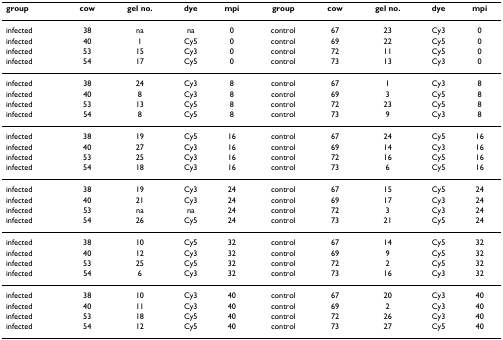
<table><thead><tr><td><b>group</b></td><td><b>cow</b></td><td><b>gel no.</b></td><td><b>dye</b></td><td><b>mpi</b></td><td><b>group</b></td><td><b>cow</b></td><td><b>gel no.</b></td><td><b>dye</b></td><td><b>mpi</b></td></tr></thead><tbody><tr><td>infected</td><td>38</td><td>na</td><td>na</td><td>0</td><td>control</td><td>67</td><td>23</td><td>Cy3</td><td>0</td></tr><tr><td>infected</td><td>40</td><td>1</td><td>Cy5</td><td>0</td><td>control</td><td>69</td><td>22</td><td>Cy5</td><td>0</td></tr><tr><td>infected</td><td>53</td><td>15</td><td>Cy3</td><td>0</td><td>control</td><td>72</td><td>11</td><td>Cy5</td><td>0</td></tr><tr><td>infected</td><td>54</td><td>17</td><td>Cy5</td><td>0</td><td>control</td><td>73</td><td>13</td><td>Cy3</td><td>0</td></tr><tr><td>infected</td><td>38</td><td>24</td><td>Cy3</td><td>8</td><td>control</td><td>67</td><td>1</td><td>Cy3</td><td>8</td></tr><tr><td>infected</td><td>40</td><td>8</td><td>Cy3</td><td>8</td><td>control</td><td>69</td><td>3</td><td>Cy5</td><td>8</td></tr><tr><td>infected</td><td>53</td><td>13</td><td>Cy5</td><td>8</td><td>control</td><td>72</td><td>23</td><td>Cy5</td><td>8</td></tr><tr><td>infected</td><td>54</td><td>8</td><td>Cy5</td><td>8</td><td>control</td><td>73</td><td>9</td><td>Cy3</td><td>8</td></tr><tr><td>infected</td><td>38</td><td>19</td><td>Cy5</td><td>16</td><td>control</td><td>67</td><td>24</td><td>Cy5</td><td>16</td></tr><tr><td>infected</td><td>40</td><td>27</td><td>Cy3</td><td>16</td><td>control</td><td>69</td><td>14</td><td>Cy3</td><td>16</td></tr><tr><td>infected</td><td>53</td><td>25</td><td>Cy3</td><td>16</td><td>control</td><td>72</td><td>16</td><td>Cy5</td><td>16</td></tr><tr><td>infected</td><td>54</td><td>18</td><td>Cy3</td><td>16</td><td>control</td><td>73</td><td>6</td><td>Cy5</td><td>16</td></tr><tr><td>infected</td><td>38</td><td>19</td><td>Cy3</td><td>24</td><td>control</td><td>67</td><td>15</td><td>Cy5</td><td>24</td></tr><tr><td>infected</td><td>40</td><td>21</td><td>Cy3</td><td>24</td><td>control</td><td>69</td><td>17</td><td>Cy3</td><td>24</td></tr><tr><td>infected</td><td>53</td><td>na</td><td>na</td><td>24</td><td>control</td><td>72</td><td>3</td><td>Cy3</td><td>24</td></tr><tr><td>infected</td><td>54</td><td>26</td><td>Cy5</td><td>24</td><td>control</td><td>73</td><td>21</td><td>Cy5</td><td>24</td></tr><tr><td>infected</td><td>38</td><td>10</td><td>Cy5</td><td>32</td><td>control</td><td>67</td><td>14</td><td>Cy5</td><td>32</td></tr><tr><td>infected</td><td>40</td><td>12</td><td>Cy3</td><td>32</td><td>control</td><td>69</td><td>9</td><td>Cy5</td><td>32</td></tr><tr><td>infected</td><td>53</td><td>25</td><td>Cy5</td><td>32</td><td>control</td><td>72</td><td>2</td><td>Cy5</td><td>32</td></tr><tr><td>infected</td><td>54</td><td>6</td><td>Cy3</td><td>32</td><td>control</td><td>73</td><td>16</td><td>Cy3</td><td>32</td></tr><tr><td>infected</td><td>38</td><td>10</td><td>Cy3</td><td>40</td><td>control</td><td>67</td><td>20</td><td>Cy3</td><td>40</td></tr><tr><td>infected</td><td>40</td><td>11</td><td>Cy3</td><td>40</td><td>control</td><td>69</td><td>2</td><td>Cy3</td><td>40</td></tr><tr><td>infected</td><td>53</td><td>18</td><td>Cy5</td><td>40</td><td>control</td><td>72</td><td>26</td><td>Cy3</td><td>40</td></tr><tr><td>infected</td><td>54</td><td>12</td><td>Cy5</td><td>40</td><td>control</td><td>73</td><td>27</td><td>Cy5</td><td>40</td></tr></tbody></table>